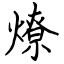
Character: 燎